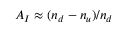
A _ { I } \approx ( n _ { d } - n _ { u } ) / n _ { d }